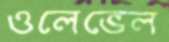
ওলেভেল